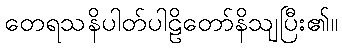
တေရသနိပါတ်ပါဠိတော်နိသျပြီး၏။